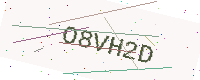
Text: O8VH2D